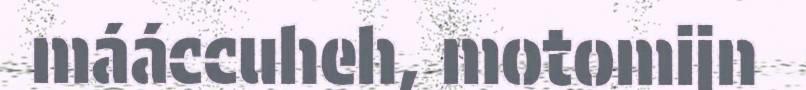
mááccuheh, motomijn